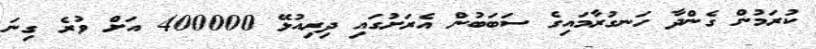
ކުރަމުން ގެންދާ ހަނގުރާމައިގެ ސަބަބުން އެރަށުގައި ދިރިއުޅޭ 400000 އަށް ވުރެ ގިނަ